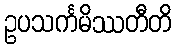
ဥပသင်္ကမိဿတီတိ